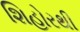
શિહોરથી